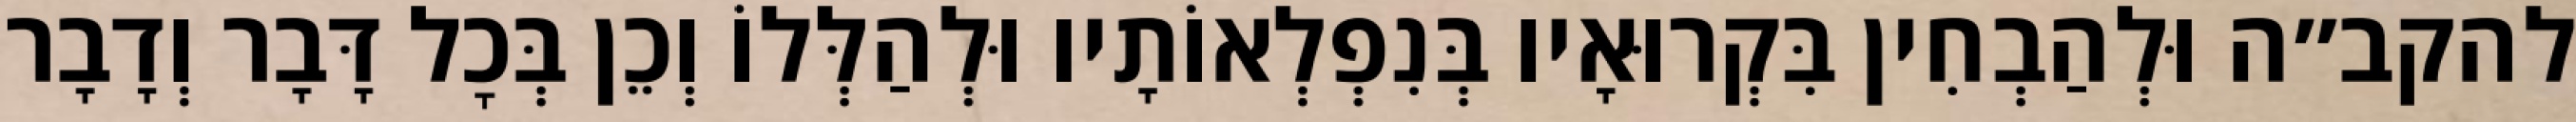
להקב״ה וּלְהַבְחִין בִּקְרוּאָיו בְּנִפְלְאוֹתָיו וּלְהַלְּלוֹ וְכֵן בְּכׇל דָּבָר וְדָבָר